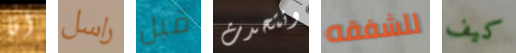
انا راسل قبل ونتحدث للشفقه كيف